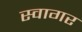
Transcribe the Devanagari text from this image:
स्वागर